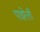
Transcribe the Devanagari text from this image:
पाइरेली